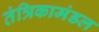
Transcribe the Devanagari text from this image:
तंत्रिकामंडल